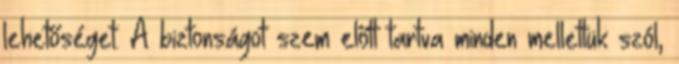
lehetőséget. A biztonságot szem előtt tartva minden mellettük szól,